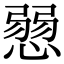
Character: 𢞔